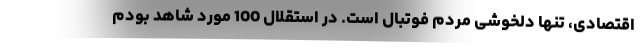
اقتصادی، تنها دلخوشی مردم فوتبال است. در استقلال 100 مورد شاهد بودم